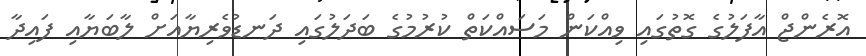
އޮރެންޖް އާފަލުގެ ގޮތުގައި ވިއްކަން މަސައްކަތް ކުރުމުގެ ބަދަލުގައި ދަނޑުވެރިޔާއަށް ލާބަޔާއި ފައިދާ